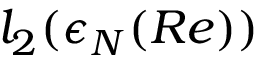
l _ { 2 } ( \epsilon _ { N } ( R e ) )